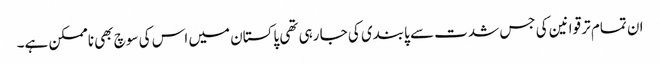
ان تمام تر قوانین کی جس شدت سے پابندی کی جا رہی تھی پاکستان میں اس کی سوچ بھی ناممکن ہے۔